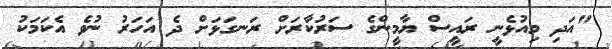
"އަދި މިއުޅެނީ ރައީސް ޔާމީންގެ ސަރުކާރަށް ރަނގަޅަށް ދެ އަހަރު ނުވެ އެކަމަކު